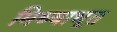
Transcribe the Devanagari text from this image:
मिथ्याभूत